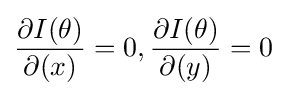
{\frac {\partial {I(\theta )}}{\partial (x)}}=0,{\frac {\partial {I(\theta )}}{\partial (y)}}=0